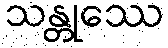
သန္တုဿေ